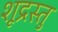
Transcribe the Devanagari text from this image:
शूद्रस्तु